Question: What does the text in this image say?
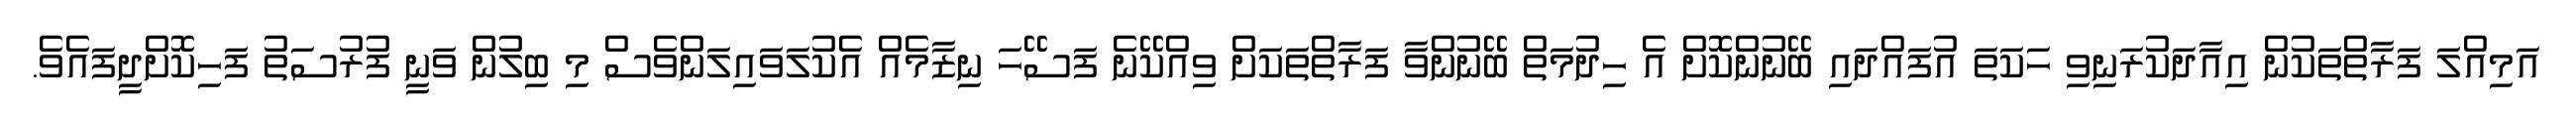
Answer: އަމިއްލަ ފަރާތްތަކުން އިއާދަކުރަނިވި ހަކަތަ އުފައްދައި ބޭނުންކޮށް އެ ހިދުމަތް ބޭނުންވާ ފަރާތްތަކަށް ވިއްކޭނެ ފަސޭހަ ނިޒާމެއް އެކުލަވައިލަންވެސް މި ބިލުން ވަނީ ފުރުސަތު ފަހިކޮށްދީފައެވެ.